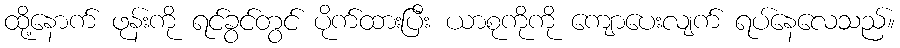
ထို့နောက် ဖုန်းကို ရင်ခွင်တွင် ပိုက်ထားပြီး ယာစုကိုကို ကျောပေးလျက် ရပ်နေလေသည်။